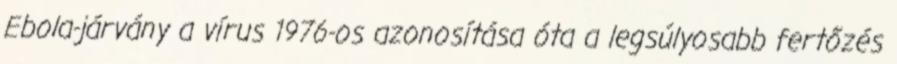
Ebola-járvány a vírus 1976-os azonosítása óta a legsúlyosabb fertőzés